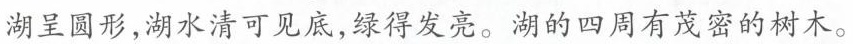
湖呈圆形，湖水清可见底，绿得发亮。湖的四周有茂密的树木。